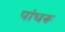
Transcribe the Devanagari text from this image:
पांघरू